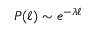
P ( \ell ) \sim e ^ { - \lambda \ell }